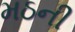
મઠની